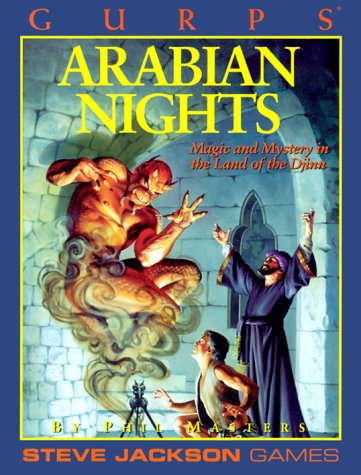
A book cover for GURPS Arabian Nights (GURPS: Generic Universal Role Playing System); Phil Masters; Science Fiction & Fantasy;